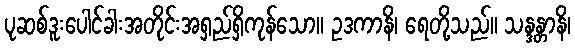
ပုဆစ်ဒူးပေါင်ခါးအတိုင်းအရှည်ရှိကုန်သော။ ဥဒကာနိ၊ ရေတို့သည်။ သန္ဒန္တာနိ၊